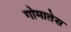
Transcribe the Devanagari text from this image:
गोमातेस